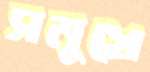
সমুখে